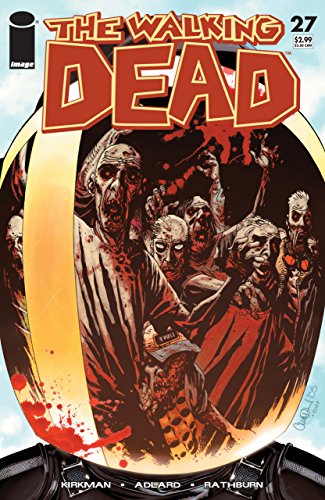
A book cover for The Walking Dead #27 "1st Print"; KIRKMAN; Comics & Graphic Novels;